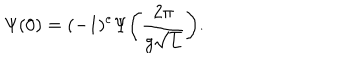
\Psi ( 0 ) = ( - 1 ) ^ { e } \Psi \bigg ( \frac { 2 \pi } { g \sqrt L } \bigg ) .